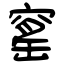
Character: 窰